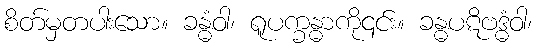
စိတ်မှတပါးသော။ ခန္ဓံဝါ၊ ရူပက္ခန္ဓာကို၎င်း။ ခန္ဓပဋိဗဒ္ဓံဝါ၊